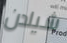
شيلدن